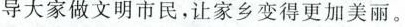
导大家做文明市民，让家乡变得更加美丽。